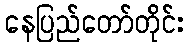
နေပြည်တော်တိုင်း